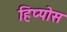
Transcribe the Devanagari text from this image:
हिप्पोस